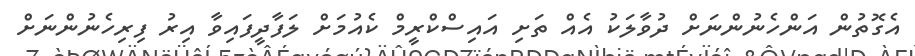
އެގޮތުން އަންހެނުންނަށް ދުވާލަކު އެއް ތަށި އައިސްކްރީމް ކެއުމަށް ލަފާދީފައިވާ އިރު ފިރިހެނުންނަށް